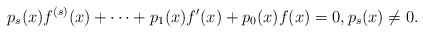
\begin{align*} p_s(x)f^{(s)}(x) + \cdots + p_1(x) f'(x)+ p_0(x)f(x) = 0, p_s(x) \neq 0.\end{align*}